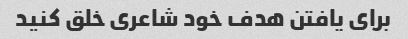
برای یافتن هدف خود شاعری خلق کنید